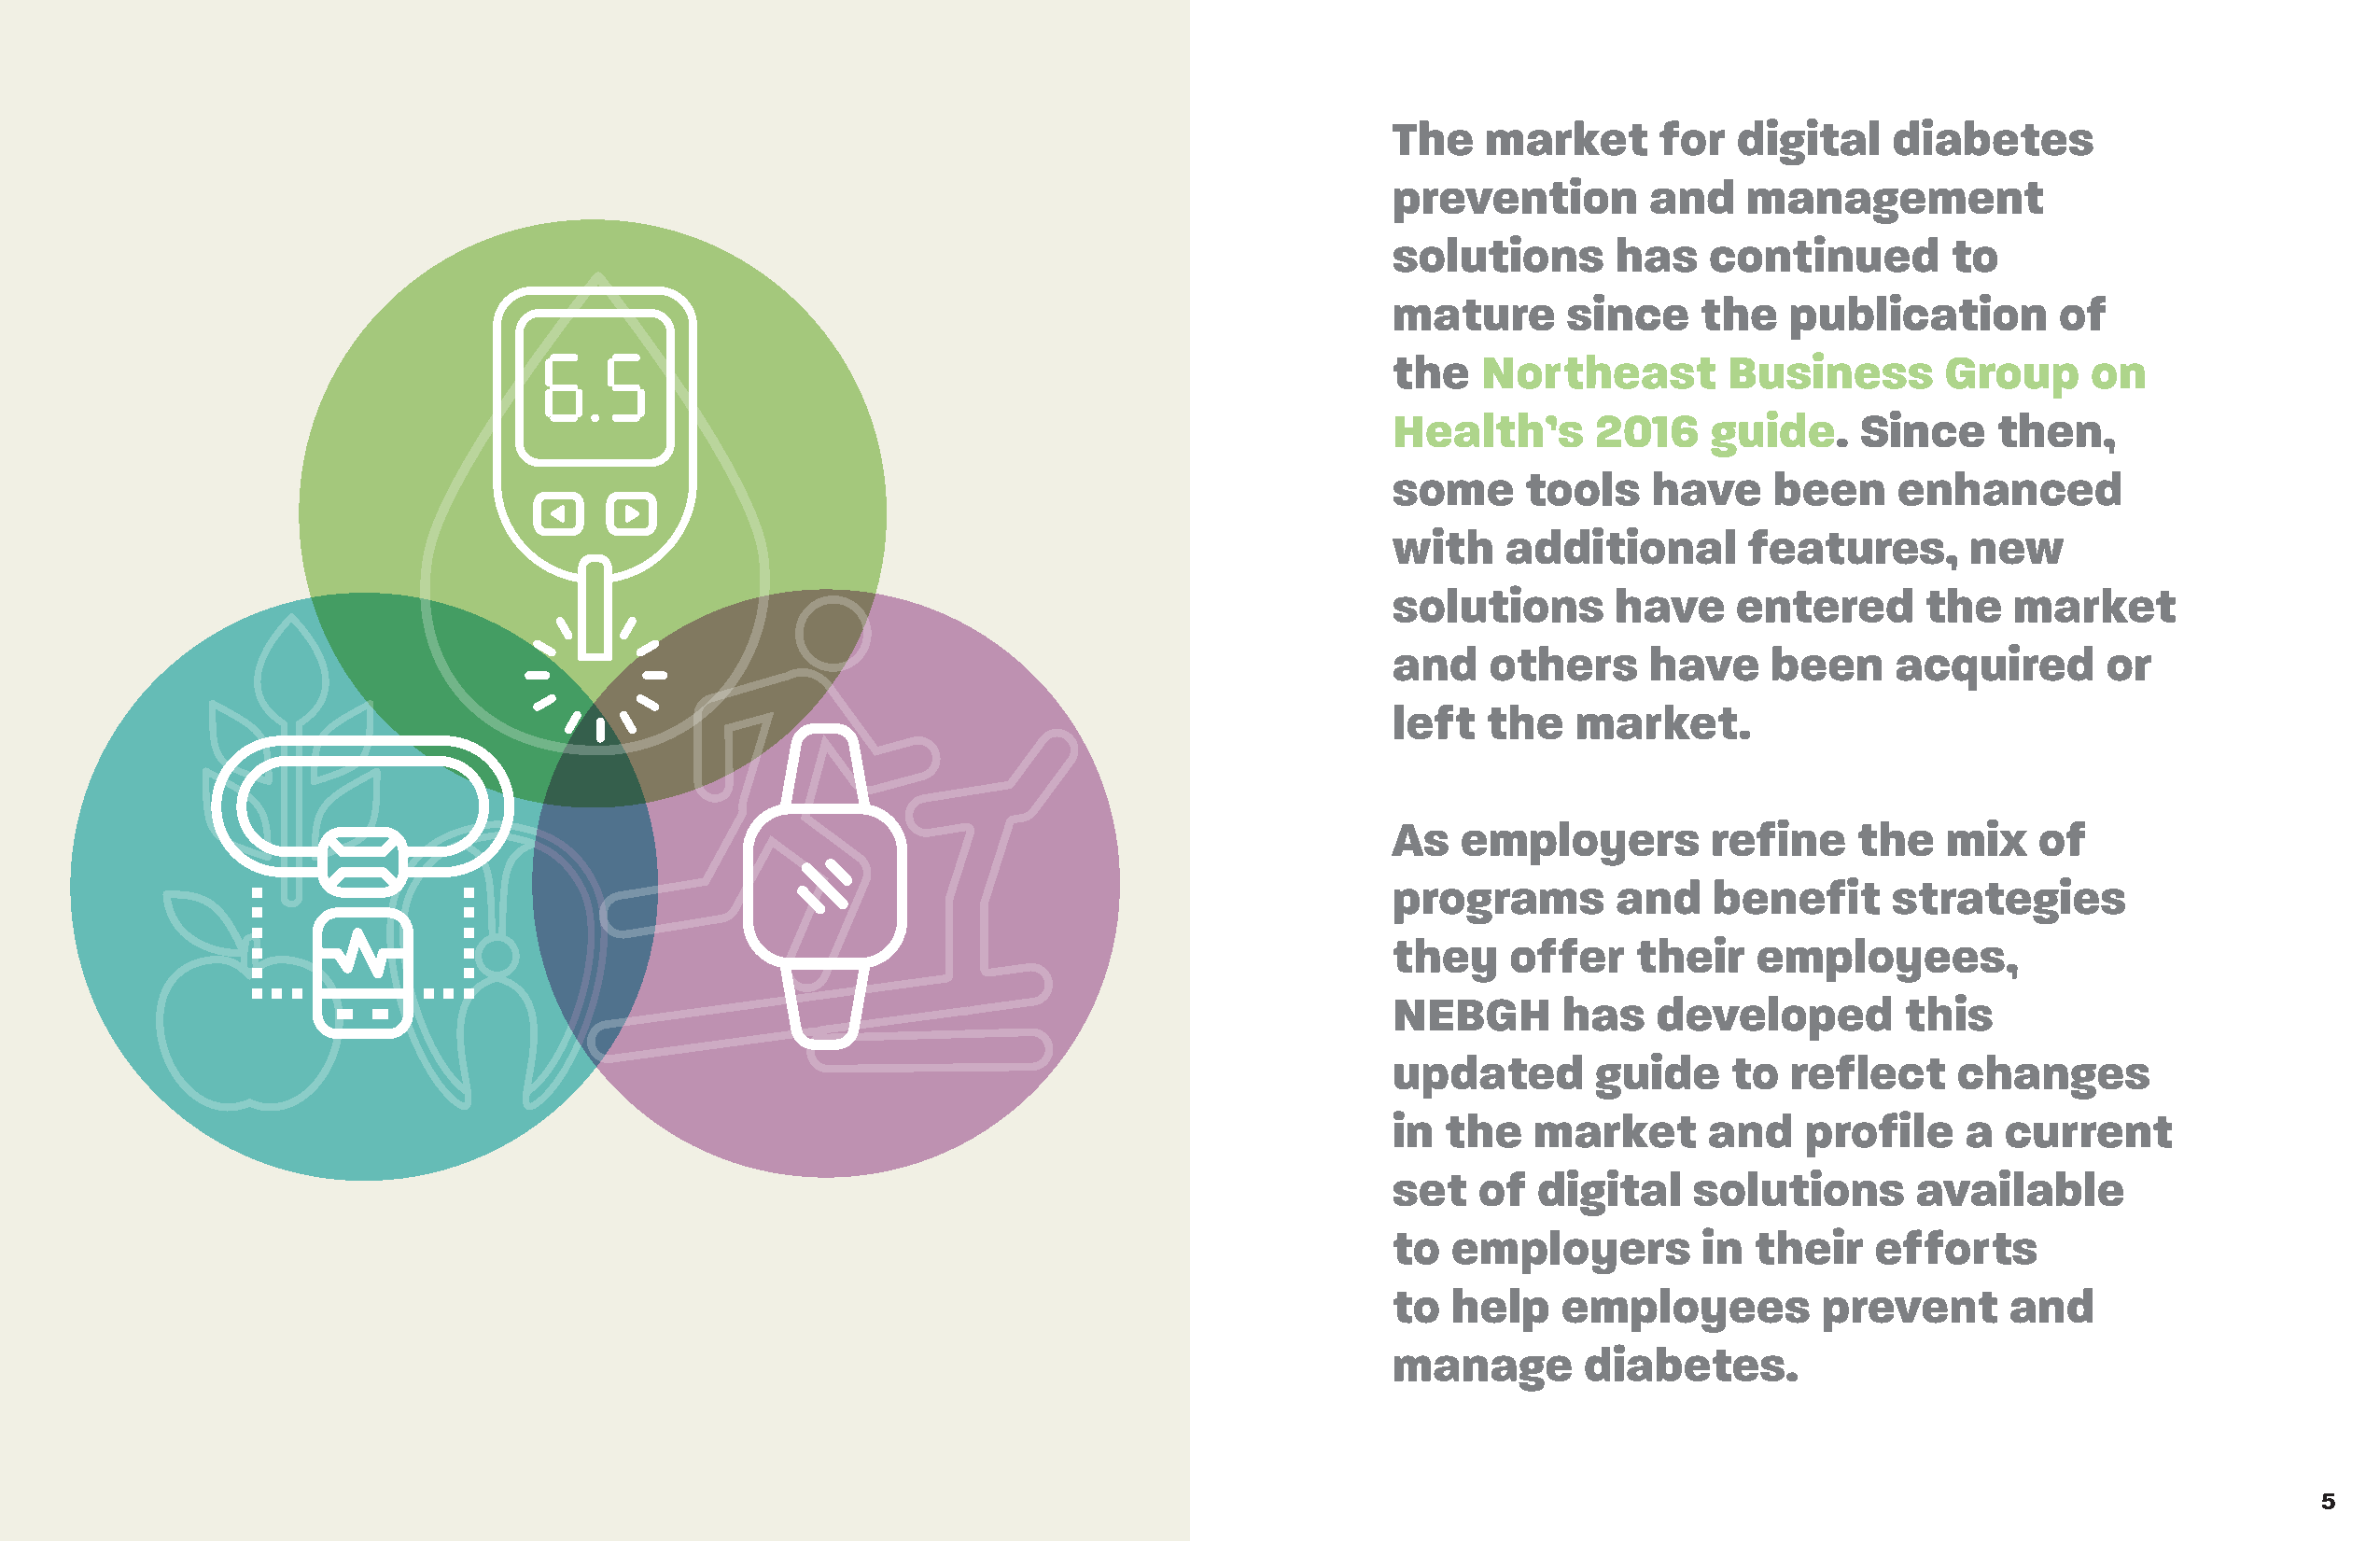
The   market       for  digital    diabetes
 prevention        and    management
 solutions       has   continued        to
 mature      since     the   publication        of
 the   Northeast         Business       Group     on
 Health’s      2016    guide.     Since     then,
 some     tools    have     been     enhanced
 with    additional       features,       new
 solutions       have    entered       the   market
 and    others     have     been    acquired       or
 left  the    market.
 As   employers        refine     the   mix    of
 programs        and   benefit      strategies
 they    offer    their    employees,
 NEBGH       has   developed         this
 updated       guide     to  reflect     changes
 in the    market      and    profile    a  current
 set   of  digital    solutions       available
 to  employers         in their    efforts
 to  help    employees         prevent       and
 manage       diabetes.
 4                                                                                                                                                                 5